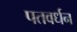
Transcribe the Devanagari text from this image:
पतवर्धन